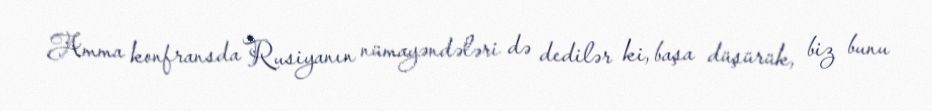
Amma konfransda Rusiyanın nümayəndələri də dedilər ki, başa düşürük, biz bunu